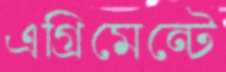
এগ্রিমেন্টে